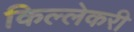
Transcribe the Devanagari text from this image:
किल्लेकरी